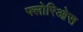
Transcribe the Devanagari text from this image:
फ्लोरिओस